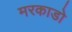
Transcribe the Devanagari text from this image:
मरकाडो